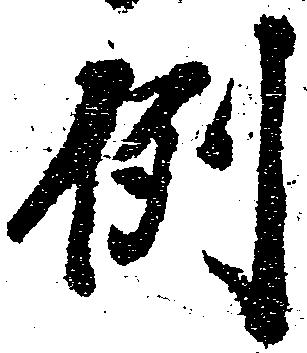
例